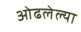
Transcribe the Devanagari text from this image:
ओढलेल्या